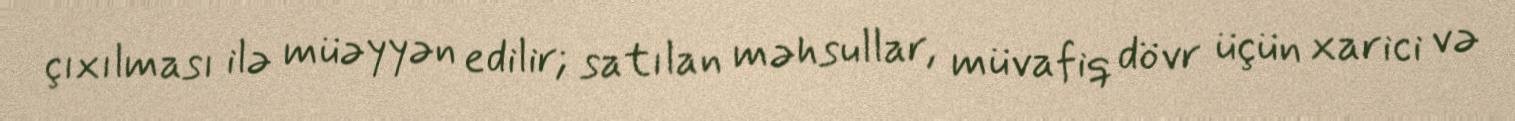
çıxılması ilə müəyyən edilir; satılan məhsullar, müvafiq dövr üçün xarici və